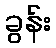
ခွန်း